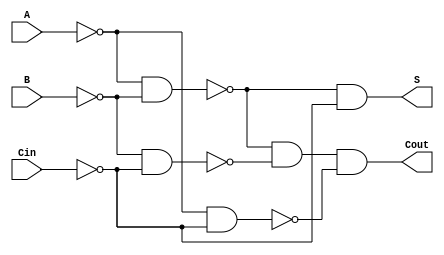
module NegativeCircuitFullAdder (
    input wire A,      // First significant bit (active low)
    input wire B,      // Second significant bit (active low)
    input wire Cin,    // Carry-in bit (active low)
    output wire S,     // Sum output bit (active low)
    output wire Cout    // Carry-out bit (active low)
);

    // Internal signals for intermediate calculations
    wire A_n, B_n, Cin_n;      // Inverted inputs
    wire XOR_AB, XOR_AB_Cin;   // Intermediate XOR results
    wire AND_AB, AND_BCin, AND_ACin; // Intermediate AND results
    wire OR_Cout;              // Intermediate OR for Cout

    // Inverting inputs for active low logic
    assign A_n = ~A;  // A_n is active for A = 0
    assign B_n = ~B;  // B_n is active for B = 0
    assign Cin_n = ~Cin; // Cin_n is active for Cin = 0

    // Calculate the sum output using active low XOR logic
    assign XOR_AB = ~(A_n & B_n); // NAND equivalent of A XOR B
    assign XOR_AB_Cin = ~(XOR_AB & Cin_n); // NAND equivalent of (A XOR B) XOR Cin
    assign S = ~XOR_AB_Cin; // Final sum output (active low)

    // Calculate the carry-out using active low AND/NOR logic
    assign AND_AB = ~(A_n & B_n); // NAND equivalent of A AND B
    assign AND_BCin = ~(B_n & Cin_n); // NAND equivalent of B AND Cin
    assign AND_ACin = ~(A_n & Cin_n); // NAND equivalent of A AND Cin

    // Calculate Cout using active low logic:
    assign OR_Cout = ~(AND_AB & AND_BCin & AND_ACin); // NOR equivalent of any two or more active inputs
    assign Cout = ~OR_Cout; // Final carry-out output (active low)

endmodule